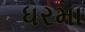
ધરમા